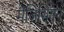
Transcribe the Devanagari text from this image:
मैजिसियन